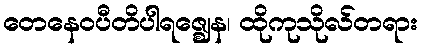
တေနေဝပီတိပါရဇ္ဈေန၊ ထိုကုသိုလ်တရား